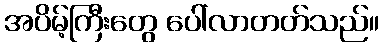
အပိမ့်ကြီးတွေ ပေါ်လာတတ်သည်။